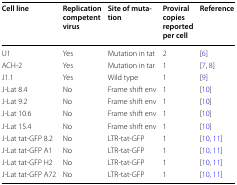
<table><thead><tr><td><b>Cell line</b></td><td><b>Replication competent virus</b></td><td><b>Site of mutation</b></td><td><b>Proviral copies reported per cell</b></td><td><b>Reference</b></td></tr></thead><tbody><tr><td>U1</td><td>Yes</td><td>Mutation in tat</td><td>2</td><td>[6]</td></tr><tr><td>ACH-2</td><td>Yes</td><td>Mutation in tar</td><td>1</td><td>[7, 8]</td></tr><tr><td>J1.1</td><td>Yes</td><td>Wild type</td><td>1</td><td>[9]</td></tr><tr><td>J-Lat 8.4</td><td>No</td><td>Frame shift env</td><td>1</td><td>[10]</td></tr><tr><td>J-Lat 9.2</td><td>No</td><td>Frame shift env</td><td>1</td><td>[10]</td></tr><tr><td>J-Lat 10.6</td><td>No</td><td>Frame shift env</td><td>1</td><td>[10]</td></tr><tr><td>J-Lat 15.4</td><td>No</td><td>Frame shift env</td><td>1</td><td>[10]</td></tr><tr><td>J-Lat tat-GFP 8.2</td><td>No</td><td>LTR-tat-GFP</td><td>1</td><td>[10, 11]</td></tr><tr><td>J-Lat tat-GFP A1</td><td>No</td><td>LTR-tat-GFP</td><td>1</td><td>[10, 11]</td></tr><tr><td>J-Lat tat-GFP H2</td><td>No</td><td>LTR-tat-GFP</td><td>1</td><td>[10, 11]</td></tr><tr><td>J-Lat tat-GFP A72</td><td>No</td><td>LTR-tat-GFP</td><td>1</td><td>[10, 11]</td></tr></tbody></table>